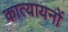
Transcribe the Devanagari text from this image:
कात्यायनों